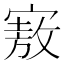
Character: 𪧜